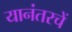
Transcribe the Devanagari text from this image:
यानंतरचें